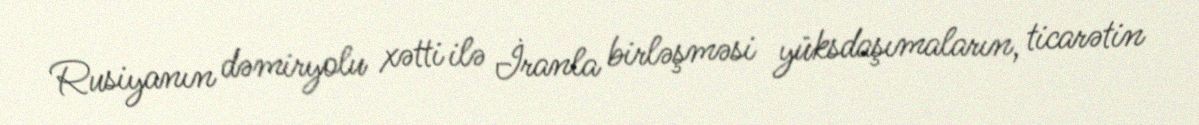
Rusiyanın dəmiryolu xətti ilə İranla birləşməsi yüksdaşımaların, ticarətin